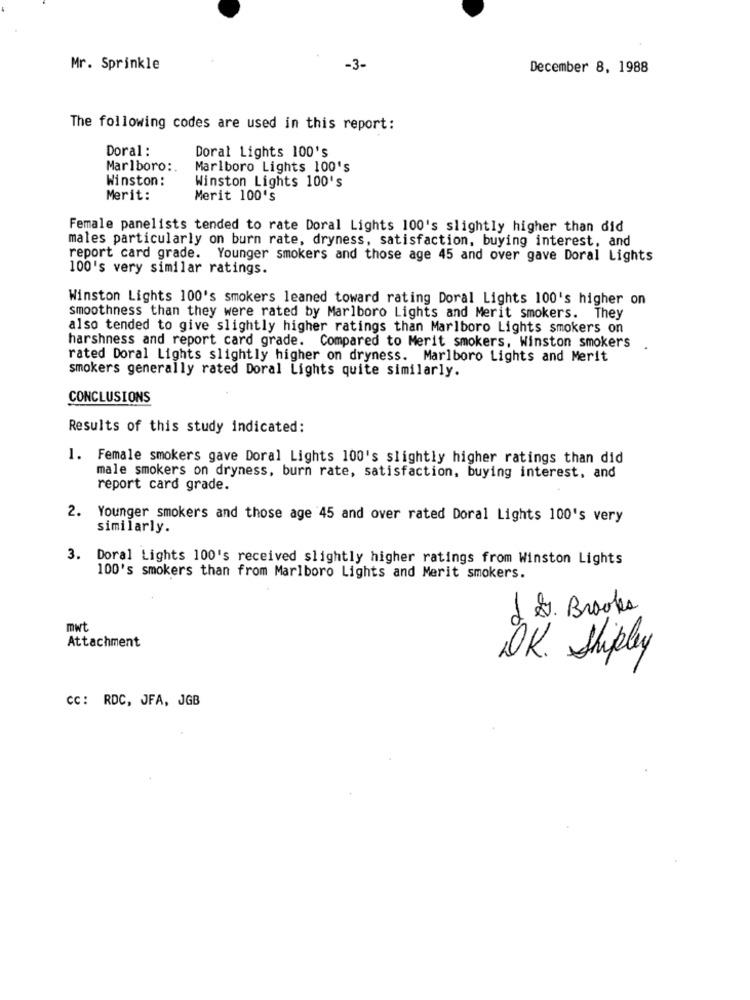
Mr. Sprinkle
-3-
December 8, 1988
The following codes are used in this report:
Doral :
Doral Lights 100's
Marlboro :. Marlboro Lights 100's
Winston:
Winston Lights 100's
Merit:
Merit 100's
Female panelists tended to rate Doral Lights 100's slightly higher than did
males particularly on burn rate, dryness, satisfaction, buying interest, and
report card grade. Younger smokers and those age 45 and over gave Doral Lights
100's very similar ratings.
Winston Lights 100's smokers leaned toward rating Doral Lights 100's higher on
smoothness than they were rated by Marlboro Lights and Merit smokers. They
also tended to give slightly higher ratings than Marlboro Lights smokers on
harshness and report card grade. Compared to Merit smokers, Winston smokers
rated Doral Lights slightly higher on dryness. Marlboro Lights and Merit
smokers generally rated Doral Lights quite similarly.
CONCLUSIONS
Results of this study indicated:
1. Female smokers gave Doral Lights 100's slightly higher ratings than did
male smokers on dryness, burn rate, satisfaction, buying interest, and
report card grade.
2. Younger smokers and those age 45 and over rated Doral Lights 100's very
similarly.
3. Doral Lights 100's received slightly higher ratings from Winston Lights
100's smokers than from Marlboro Lights and Merit smokers.
1 2. Brooks
mwt
Attachment
OK. Shipley
CC: RDC, JFA, JGB